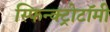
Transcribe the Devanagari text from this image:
स्फिन्क्ट्रोटॉमी